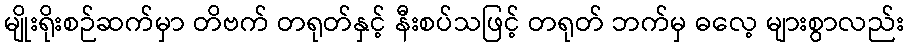
မျိုးရိုးစဉ်ဆက်မှာ တိဗက် တရုတ်နှင့် နီးစပ်သဖြင့် တရုတ် ဘက်မှ ဓလေ့ များစွာလည်း